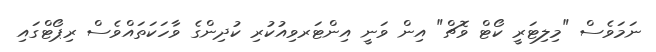
ނަމަވެސް "މިލިޓަރީ ކޯޓް ވޮޗް" އިން ވަނީ އިންޓަރވިއުކުރި ކުދިންގެ ވާހަކަތައްވެސް ރިޕޯޓްގައި